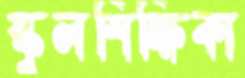
স্কুলশিক্ষিকা